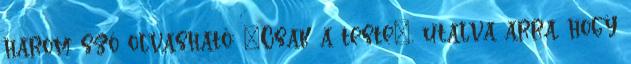
három szó olvasható: "Csak a teste", utalva arra, hogy